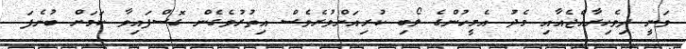
ވަނީ ދިވެހިރާއްޖެއާއި މެދު އެމީހުންގެ ލޯބި ކުރިއަށްވުރެވެސް އިތުރުވެގެން ގޮސްފައިވާ ކަމަށް ބުނެފަ